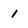
Character: 1